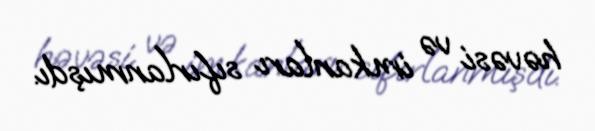
həvəsi və imkanları sıfırlanmışdı.